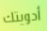
أدويتك